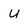
Character: u